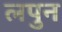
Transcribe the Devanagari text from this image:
लपुन